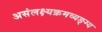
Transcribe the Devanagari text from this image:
असंलक्ष्यक्रमव्यङ्ग्य